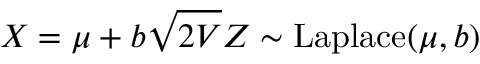
X = \mu + b { \sqrt { 2 V } } Z \sim \mathrm { L a p l a c e } ( \mu , b )